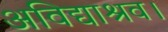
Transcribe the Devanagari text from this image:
अविद्याश्रव।